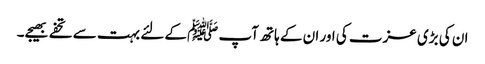
ان کی بڑی عزت کی اور ان کے ہاتھ آپ ﷺکے لئے بہت سے تحفے بھیجے۔